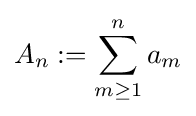
A_{n}:=\sum _{m\geq 1}^{n}a_{m}